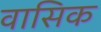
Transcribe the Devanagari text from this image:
वासिक